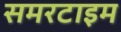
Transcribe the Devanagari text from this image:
समरटाइम